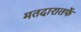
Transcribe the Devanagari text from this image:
मतदारातर्फे